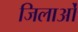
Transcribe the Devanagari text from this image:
जिलाओं